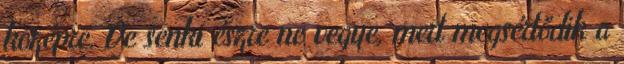
középre. De senki észre ne vegye, mert megsértődik a